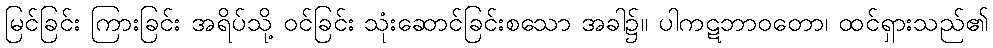
မြင်ခြင်း ကြားခြင်း အရိပ်သို့ ဝင်ခြင်း သုံးဆောင်ခြင်းစသော အခါ၌။ ပါကဋဘာဝတော၊ ထင်ရှားသည်၏